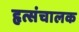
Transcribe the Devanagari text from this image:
हृत्संचालक